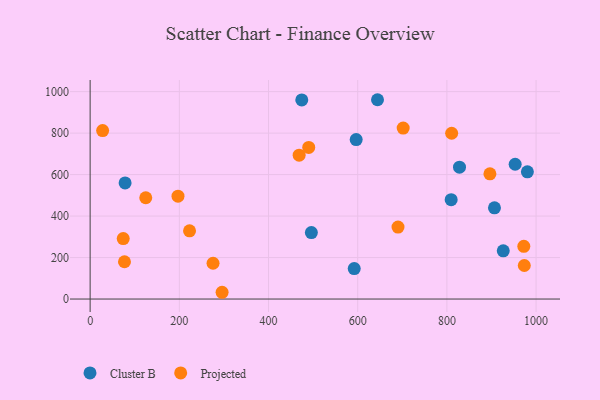
{"axis": {"x": "Investment", "y": "Exam Score"}, "legend": ["Cluster B", "Projected"], "data": [{"x": "953.1", "y": 649.8, "type": "Cluster B"}, {"x": "906.7", "y": 439.6, "type": "Cluster B"}, {"x": "980.5", "y": 613.5, "type": "Cluster B"}, {"x": "596.6", "y": 768.9, "type": "Cluster B"}, {"x": "592.2", "y": 147.1, "type": "Cluster B"}, {"x": "926.4", "y": 232.6, "type": "Cluster B"}, {"x": "644.4", "y": 960.9, "type": "Cluster B"}, {"x": "828.3", "y": 635.9, "type": "Cluster B"}, {"x": "809.6", "y": 478.9, "type": "Cluster B"}, {"x": "496.1", "y": 320.6, "type": "Cluster B"}, {"x": "78.4", "y": 560.0, "type": "Cluster B"}, {"x": "474.6", "y": 960.1, "type": "Cluster B"}, {"x": "124.7", "y": 488.2, "type": "Projected"}, {"x": "468.7", "y": 693.7, "type": "Projected"}, {"x": "972.5", "y": 254.2, "type": "Projected"}, {"x": "74.2", "y": 291.4, "type": "Projected"}, {"x": "973.6", "y": 161.8, "type": "Projected"}, {"x": "77.0", "y": 179.8, "type": "Projected"}, {"x": "222.9", "y": 328.9, "type": "Projected"}, {"x": "896.5", "y": 603.7, "type": "Projected"}, {"x": "28.0", "y": 812.1, "type": "Projected"}, {"x": "702.0", "y": 824.2, "type": "Projected"}, {"x": "197.0", "y": 496.1, "type": "Projected"}, {"x": "295.9", "y": 32.6, "type": "Projected"}, {"x": "275.6", "y": 172.6, "type": "Projected"}, {"x": "490.2", "y": 730.7, "type": "Projected"}, {"x": "810.7", "y": 799.3, "type": "Projected"}, {"x": "690.4", "y": 346.9, "type": "Projected"}]}